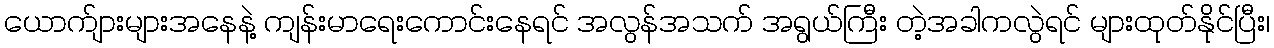
ယောက်ျားများအနေနဲ့ ကျန်းမာရေးကောင်းနေရင် အလွန်အသက် အရွယ်ကြီး တဲ့အခါကလွဲရင် များထုတ်နိုင်ပြီး၊